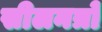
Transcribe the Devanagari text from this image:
सीलनत्रो